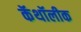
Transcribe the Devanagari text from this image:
कॅथॉलीक